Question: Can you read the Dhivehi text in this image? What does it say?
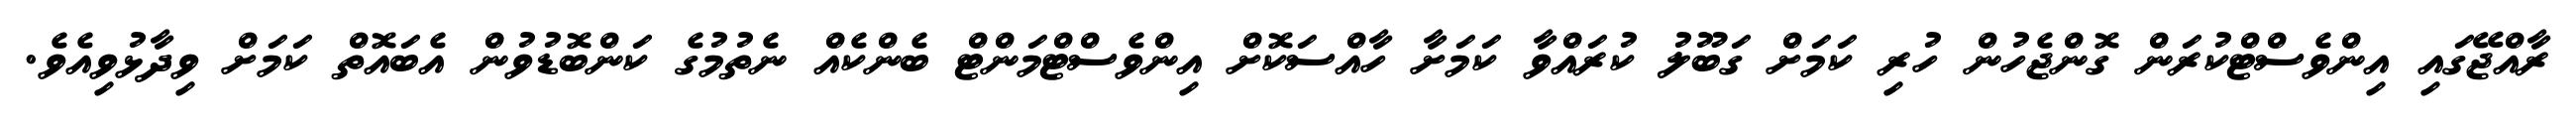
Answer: ރާއްޖޭގައި އިންވެސްޓްކުރަން ގޮންޖެހުން ހުރި ކަމަށް ގަބޫލު ކުރައްވާ ކަމަށާ ހާއްސަކޮށް އިންވެސްޓްމަންޓް ބެންކެއް ނެތުމުގެ ކަންބޮޑުވުން އެބައޮތް ކަމަށް ވިދާޅުވިއެވެ.